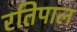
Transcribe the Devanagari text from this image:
रतिपाल